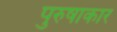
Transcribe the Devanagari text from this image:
पुरुषाकार